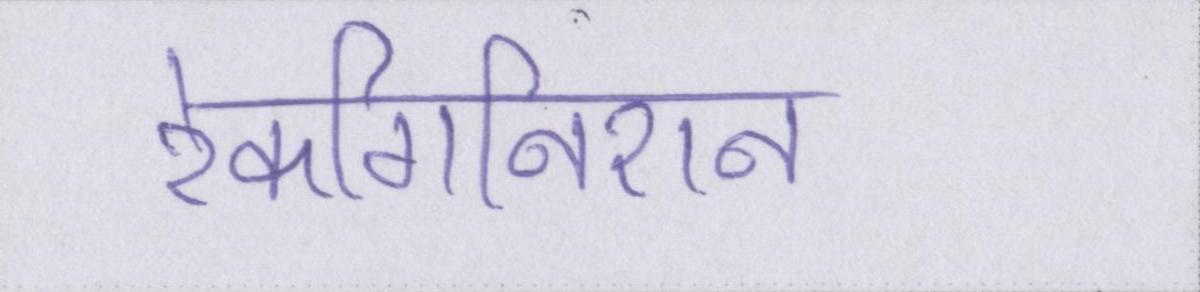
रेकगिनिशन